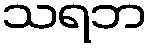
သရဘ